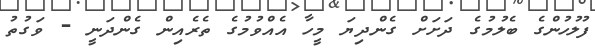
ފުލުހުންގެ ބެލުމުގެ ދަށަށް ގެންދިޔަ މީހާ އެއްވުމުގެ ތެރެއިން ގެންދަނީ - ވަގުތު